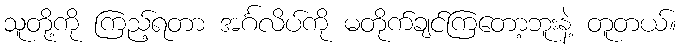
သူတို့ကို ကြည့်ရတာ အင်္ဂလိပ်ကို မတိုက်ချင်ကြတော့ဘူးနဲ့ တူတယ်။